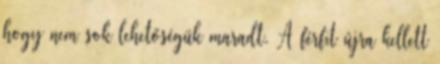
hogy nem sok lehetőségük maradt. A férfit újra kellett